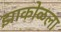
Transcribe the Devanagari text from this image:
झाकोळला